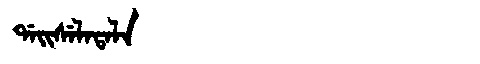
Manchu: ᡩᠠᡳᠰᡝᠯᠠᡨᠠᠯᠠ
Romanization: DAISELATALA